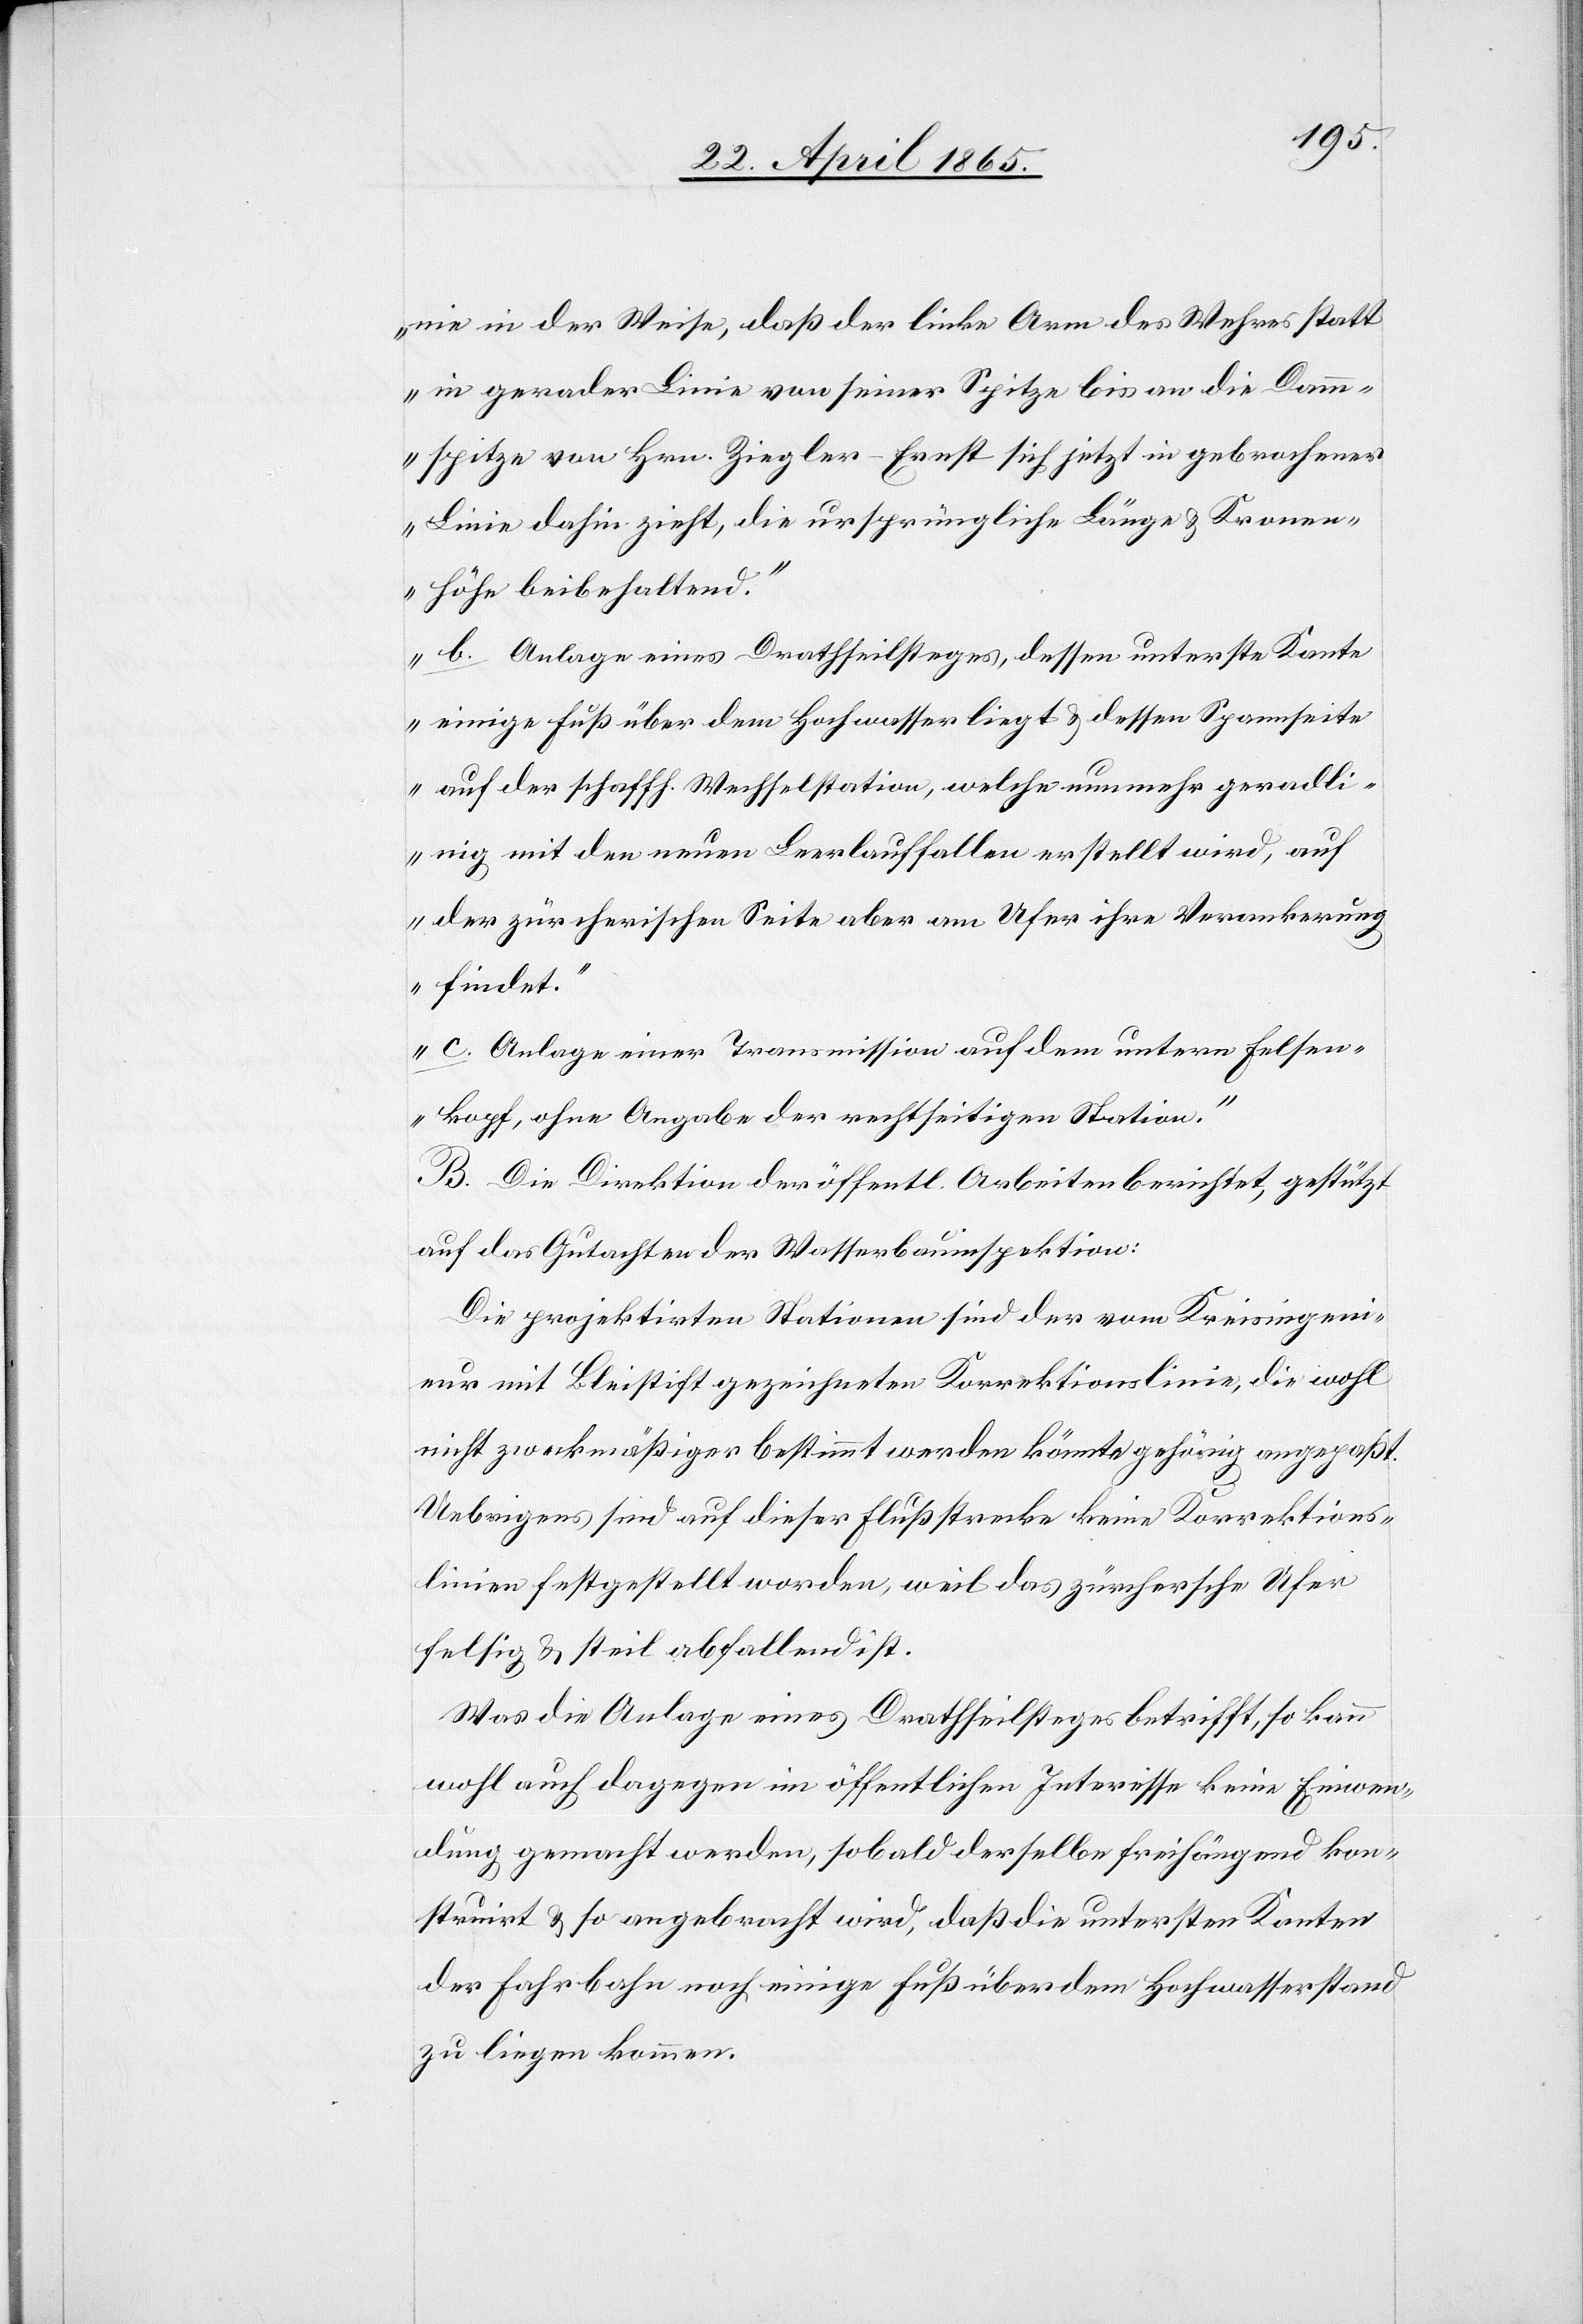
nie in der Weise, daß der linke Arm des Wehres statt
in gerader Linie von seiner Spitze bis an die Dam¬
mspitze von Hrn. Ziegler-Ernst sich jetzt in gebrochener
Linie dahin zieht, die ursprüngliche Länge & Kronen¬
höhe beibehaltend.“
„b. Anlage eines Drathseilsteges, dessen unterste Kante
einige Fuß über dem Hochwasser liegt & dessen Spannseite
auf der schaffh. Wechselstation, welche nunmehr geradli¬
nig mit den neuen Leerlauffallen erstellt wird, auf
der zürcherischen Seite aber am Ufer ihre Verankerung
findet.“
„c. Anlage einer Transmission auf dem untern Felsen¬
kopf, ohne Angabe der rechtseitigen Station.“
B. Die Direktion der öffentl. Arbeiten berichtet, gestützt
auf das Gutachten der Wasserbauinspektion:
Die projektirten Stationen sind der vom Kreisingeni¬
eur mit Bleistift gezeichneten Korrektionslinie, die wohl
nicht zweckmäßiger bestimmt werden könnte gehörig angepaßt.
Uebrigens sind auf dieser Flußstrecke keine Korrektions¬
linien festgestellt worden, weil das zürchersche Ufer
felsig & steil abfallend ist.
Was die Anlage eines Drathseilsteges betrifft, so kann
wohl auch dagegen im öffentlichen Interesse keine Einwen¬
dung gemacht werden, sobald derselbe freihängend kon¬
struirt & so angebracht wird, daß die untersten Kanten
der Fahrbahn noch einige Fuß über dem Hochwasserstand
zu liegen kommen.